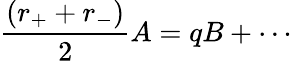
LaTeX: \frac{(r_{+}+r_{-})}{2}A=qB+\cdots